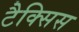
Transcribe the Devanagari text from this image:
टैक्सिस